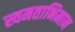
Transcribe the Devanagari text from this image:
स्वमताभिमान